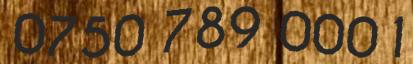
0750 789 0001